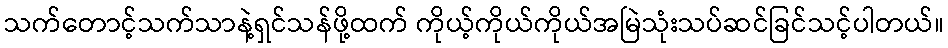
သက်တောင့်သက်သာနဲ့ရှင်သန်ဖို့ထက် ကိုယ့်ကိုယ်ကိုယ်အမြဲသုံးသပ်ဆင်ခြင်သင့်ပါတယ်။